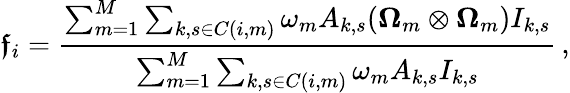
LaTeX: \boldsymbol{\mathfrak{f}}_{i}=\frac{\sum_{m=1}^{M}\sum_{k,s\in C(i,m)}\omega_{m}A_{k,s}(\boldsymbol{\Omega}_{m}\otimes\boldsymbol{\Omega}_{m})I_{k,s}}{\sum_{m=1}^{M}\sum_{k,s\in C(i,m)}\omega_{m}A_{k,s}I_{k,s}}\, ,